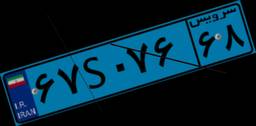
۴۷S۵۲۰۷۸